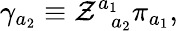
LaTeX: \gamma_{a_{2}}\equiv\mathcal{Z}_{\; \; a_{2}}^{a_{1}}\pi_{a_{1}},